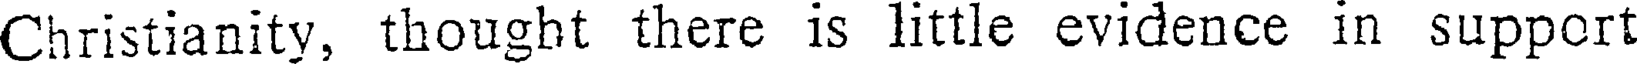
Christianity, thought there is little evidence in support